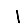
Digit: 1